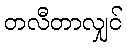
တလီတာလျှင်